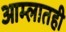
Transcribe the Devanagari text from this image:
आम्लातही